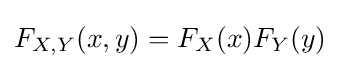
F_{X,Y}(x,y)=F_{X}(x)F_{Y}(y)